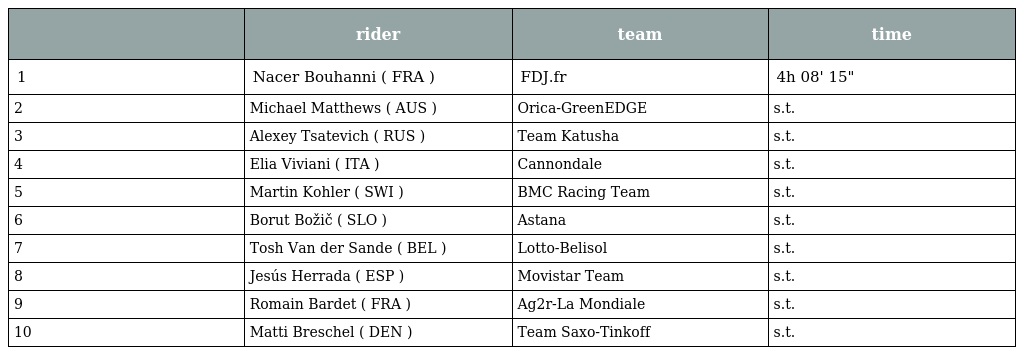
|  | rider | team | time |
 | --- | --- | --- | --- |
 | 1 | Nacer Bouhanni ( FRA ) | FDJ.fr | 4h 08' 15" |
 | 2 | Michael Matthews ( AUS ) | Orica-GreenEDGE | s.t. |
 | 3 | Alexey Tsatevich ( RUS ) | Team Katusha | s.t. |
 | 4 | Elia Viviani ( ITA ) | Cannondale | s.t. |
 | 5 | Martin Kohler ( SWI ) | BMC Racing Team | s.t. |
 | 6 | Borut Božič ( SLO ) | Astana | s.t. |
 | 7 | Tosh Van der Sande ( BEL ) | Lotto-Belisol | s.t. |
 | 8 | Jesús Herrada ( ESP ) | Movistar Team | s.t. |
 | 9 | Romain Bardet ( FRA ) | Ag2r-La Mondiale | s.t. |
 | 10 | Matti Breschel ( DEN ) | Team Saxo-Tinkoff | s.t. |